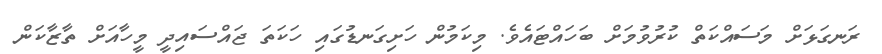
ރަނގަޅަށް މަސައްކަތް ކުރުވުމަށް ބަހައްޓައެވެ. މިކަމުން ހަށިގަނޑުގަައި ހަކަތަ ޖައްސައިދީ މީހާއަށް ތާޒާކަން